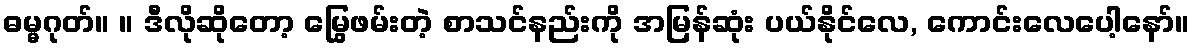
ဓမ္မဂုတ်။ ။ ဒီလိုဆိုတော့ မြွေဖမ်းတဲ့ စာသင်နည်းကို အမြန်ဆုံး ပယ်နိုင်လေ, ကောင်းလေပေါ့နော်။